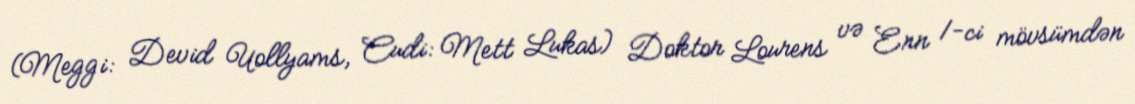
(Meggi: Devid Uollyams, Cudi: Mett Lukas) Doktor Lourens və Enn 1-ci mövsümdən